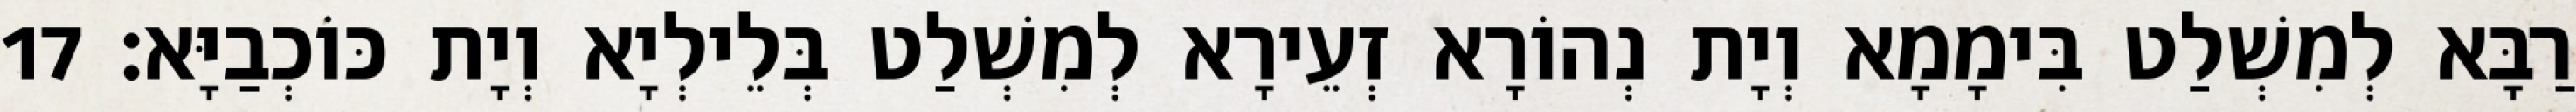
רַבָּא לְמִשְׁלַט בִּימָמָא וְיָת נְהוֹרָא זְעֵירָא לְמִשְׁלַט בְּלֵילְיָא וְיָת כּוֹכְבַיָּא׃ 17